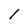
Character: l